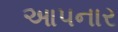
આપનાર